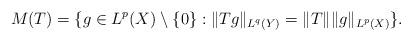
LaTeX: \begin{align*}M(T)=\{g\in L^p(X)\setminus\{0\}: \|Tg\|_{L^q(Y)}=\|T\|\|g\|_{L^p(X)}\}.\end{align*}